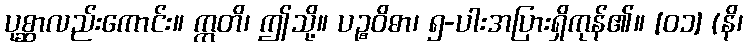
ပုစ္ဆာလည်းကောင်း။ ဣတိ၊ ဤသို့။ ပဉ္စဝိဓာ၊ ၅-ပါးအပြားရှိကုန်၏။ [၀၁] (နိ၊